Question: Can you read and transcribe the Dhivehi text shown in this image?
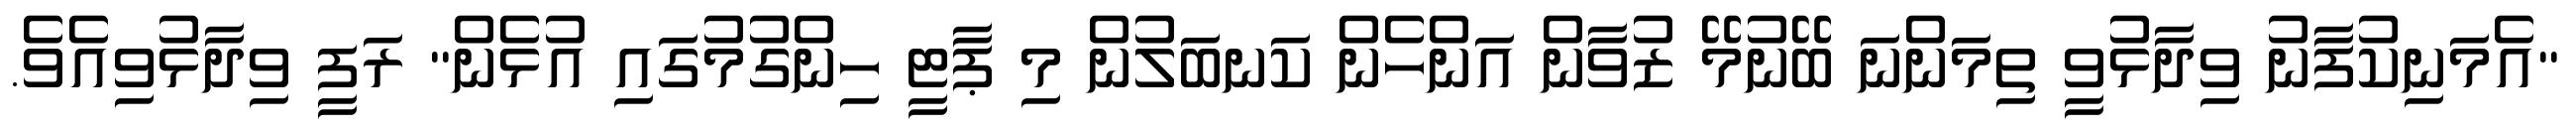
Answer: "އެމަނިކުފާނު ވިދާޅުވީ ތިމަންނަ ބޭނުމޭ ޒުވާން އަންހެން ކަނބަލުން މި ޕާޓީ ހިންގުމުގައި އުޅެން" ރަފީ ވިދާޅުވިއެވެ.